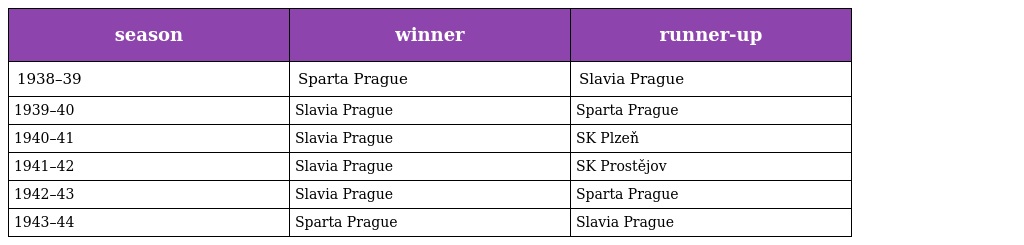
| season | winner | runner-up |
 | --- | --- | --- |
 | 1938–39 | Sparta Prague | Slavia Prague |
 | 1939–40 | Slavia Prague | Sparta Prague |
 | 1940–41 | Slavia Prague | SK Plzeň |
 | 1941–42 | Slavia Prague | SK Prostějov |
 | 1942–43 | Slavia Prague | Sparta Prague |
 | 1943–44 | Sparta Prague | Slavia Prague |